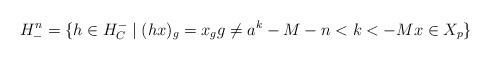
LaTeX: \begin{align*} H_{-}^{n}=\{h\in H_{C}^{-}\mid (hx)_{g}=x_{g} g\neq a^{k} -M-n<k<-M x\in X_{p}\}\end{align*}